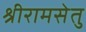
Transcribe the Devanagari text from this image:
श्रीरामसेतु